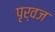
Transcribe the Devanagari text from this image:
पृर्वज